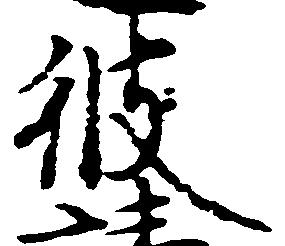
彼